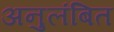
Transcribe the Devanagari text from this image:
अनुलंबित